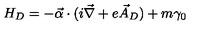
H _ { D } = - \vec { \alpha } \cdot ( i \vec { \nabla } + e \vec { A } _ { D } ) + m \gamma _ { 0 }